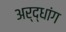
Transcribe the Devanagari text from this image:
अर्द्धांग